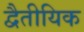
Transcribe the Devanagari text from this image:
द्वैतीयिक